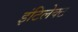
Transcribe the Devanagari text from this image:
इंटिलेक्ट